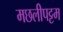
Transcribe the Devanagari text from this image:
मछलीपट्टम